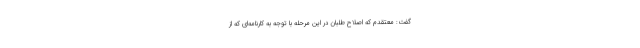
گفت: معتقدم که اصلاح طلبان در این مرحله با توجه به کارنامه‌ای که از